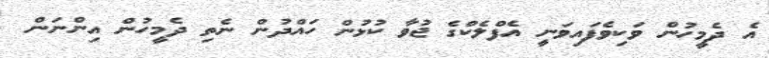
އެ ދެމީހުން ވަކިވެފައިވަނީ އެފްލެކްގެ ޖުވާ ކުޅުން ހައްދުން ނެތި ދެމީހުން އިންނަން